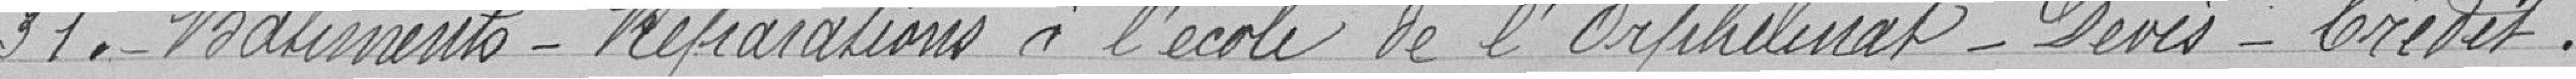
31. - Bâtiments - Réparations à l'école de l'orphelinat - Devis - Crédit.